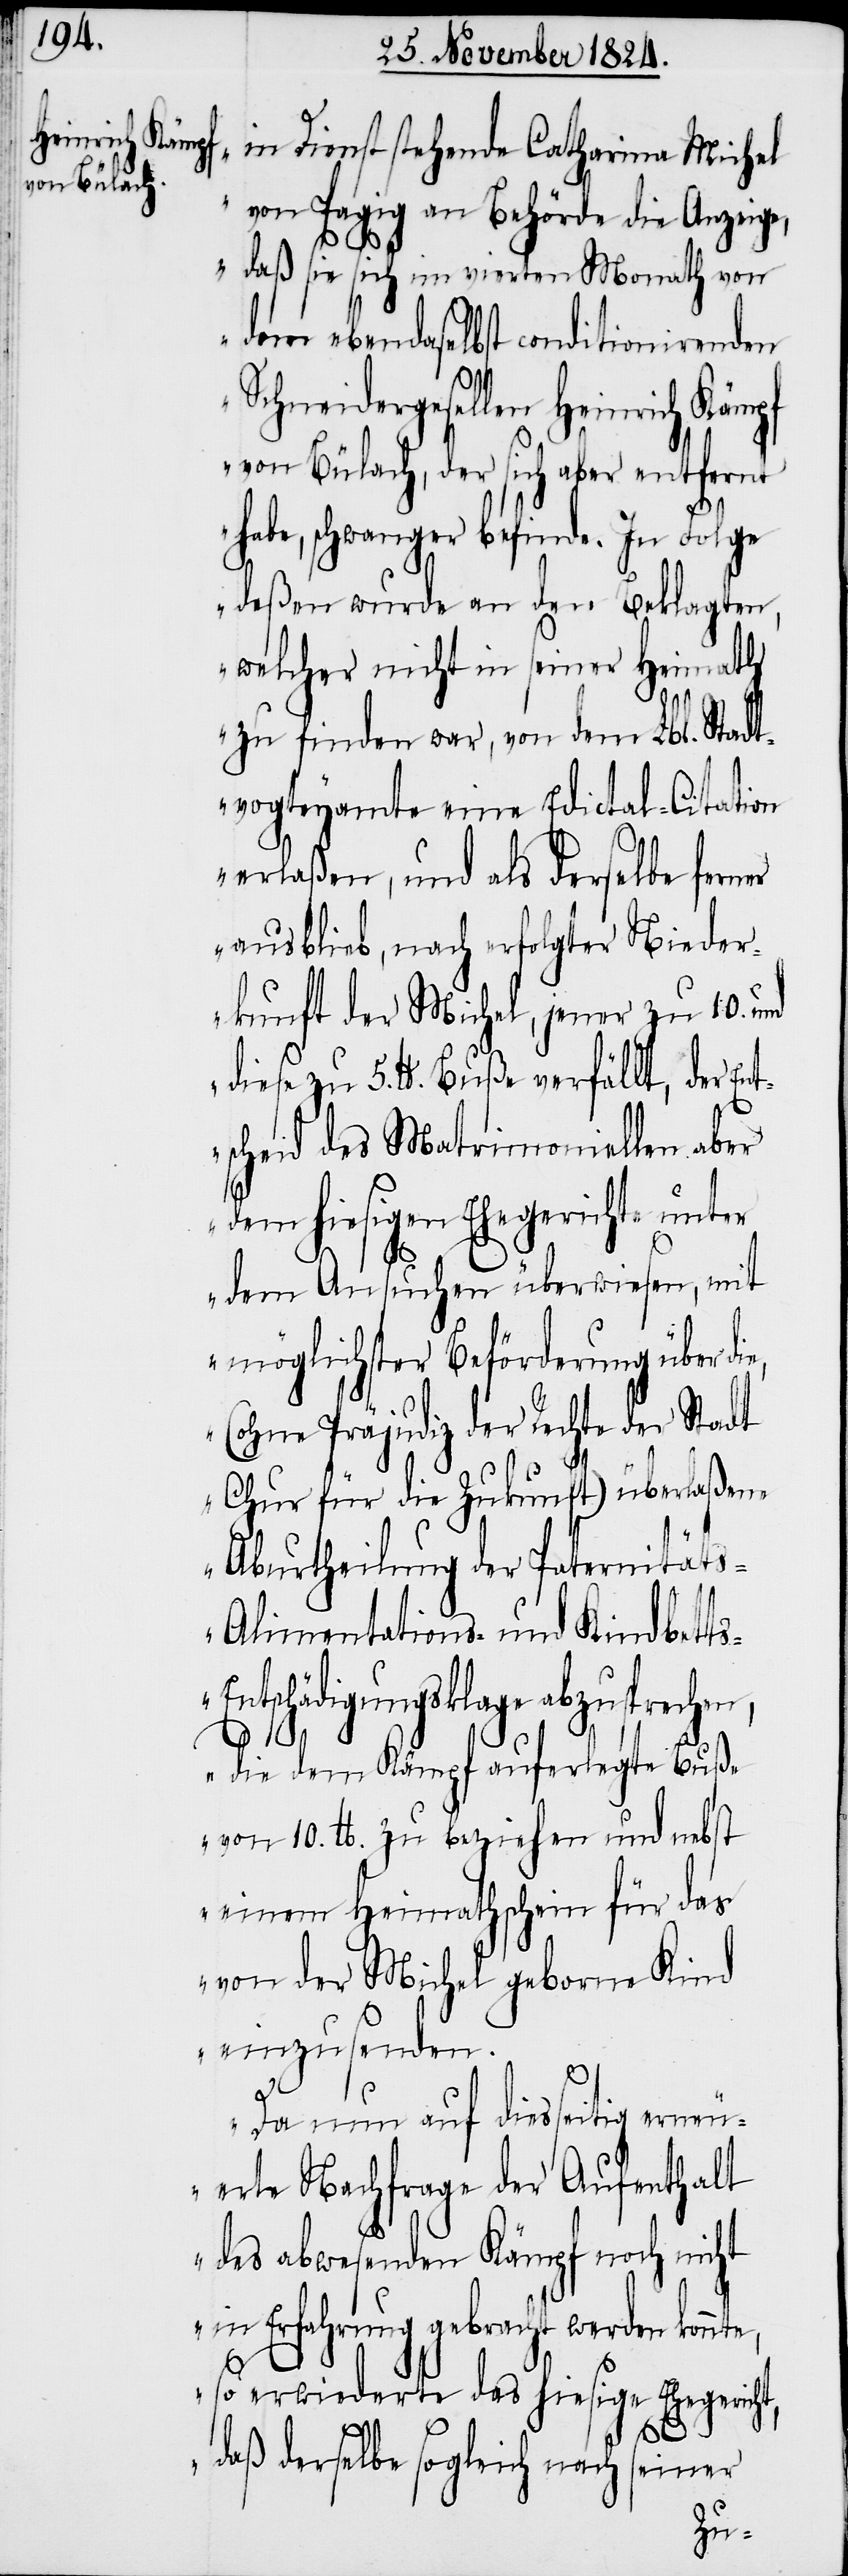
in Dienst stehende Catharina Michel
von Pagig an Behörde die Anzeige,
daß sie sich im vierten Monath von
den ebendaselbst conditionirenden
Schneidergesellen Heinrich Kämpf
von Bülach, der sich aber entfernt
habe, schwanger befinde. In Folge
deßen wurde an den Beklagten,
welcher nicht in seiner Heimath
zu finden war, von dem Lbl. Stadt¬
vogteyamte eine Edictal-Citation
erlaßen, und als derselbe ferner
ausblieb, nach erfolgter Nieder¬
kunft der Michel, jener zu 10. und
diese zu 5. lb. Buße verfällt, der En¬
tscheid des Matrimoniellen aber
dem hiesigen Ehegerichte unter
dem Ansuchen überwiesen, mit
möglichster Beförderung über di¬
(ohne Präjudiz der Rechte der Stadt
Chur für die Zukunft) überlaßene
Aburtheilung der Paternität¬
s-Alimentations- und Kindbett¬
s-Entschädigungsklage abzusprechen,
die dem Kämpf auferlegte Buße
von 10. lb. zu beziehen und nebst
einem Heimathschein für das
von der Michel geborne Kind
einzusenden.
Da nun auf diesseitig erneu¬
erte Nachfrage der Aufenthalt
des abwesenden Kämpf noch nicht
ein Erfahrung gebracht werden konnt¬
so erwiederte das hiesige Ehegericht,
e,
daß derselbe sogleich nach seiner